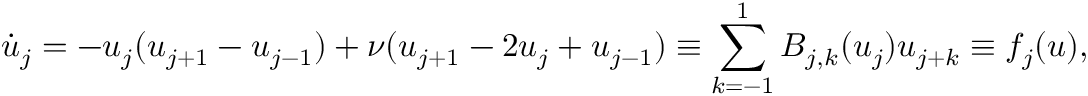
\dot { u } _ { j } = - u _ { j } ( u _ { j + 1 } - u _ { j - 1 } ) + \nu ( u _ { j + 1 } - 2 u _ { j } + u _ { j - 1 } ) \equiv \sum _ { k = - 1 } ^ { 1 } B _ { j , k } ( u _ { j } ) u _ { j + k } \equiv f _ { j } ( u ) ,